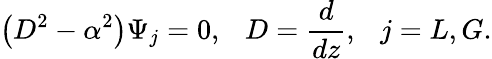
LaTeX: \left(D^{2}-\alpha^{2}\right)\Psi_{j}=0,\, \, \, \ D={\frac{d}{dz}},\, \, \, \ j=L,G.